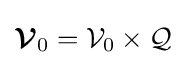
{\boldsymbol {\mathcal {V}}}_{0}={\mathcal {V}}_{0}\times {\mathcal {Q}}